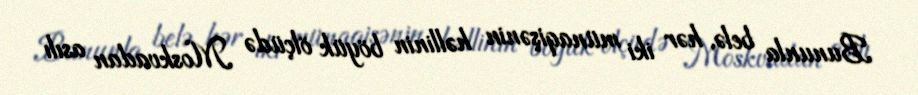
Bununla belə, hər iki münaqişənin həllinin böyük ölçüdə Moskvadan asılı